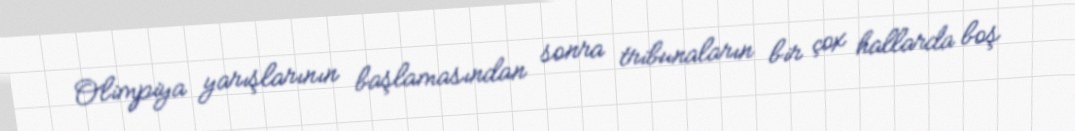
Olimpiya yarışlarının başlamasından sonra tribunaların bir çox hallarda boş